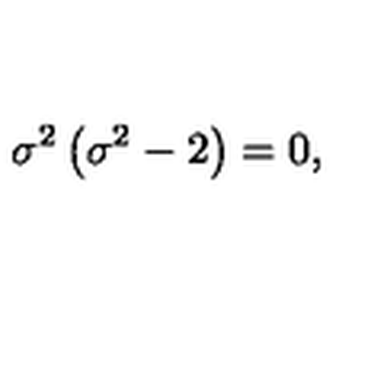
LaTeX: \sigma ^ { 2 } \left( \sigma ^ { 2 } - 2 \right) = 0 ,